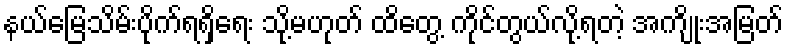
နယ်မြေသိမ်းပိုက်ရရှိရေး သို့မဟုတ် ထိတွေ့ ကိုင်တွယ်လို့ရတဲ့ အကျိုးအမြတ်